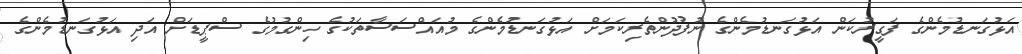
އަޅުގަނޑުމެންގެ ފަގީރުކަން އަޅުގަނޑުމެންގެ ނުފުދުންތެރިކަމަށް އަޅުގަނޑުމެންގެ މުއައްސަސާތަކުގެ ހިންގުމުގެ ސްޕީޑަށް އަދި އަޅުގަނޑުމެންގެ